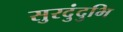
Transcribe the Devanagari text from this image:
सुरदुंदुभि